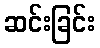
ဆင်းခြင်း